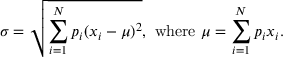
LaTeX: \sigma = { \sqrt { \sum _ { i = 1 } ^ { N } p _ { i } ( x _ { i } - \mu ) ^ { 2 } } } , { \mathrm { ~ w h e r e ~ } } \mu = \sum _ { i = 1 } ^ { N } p _ { i } x _ { i } .